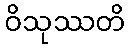
ဝိသုဿတိ